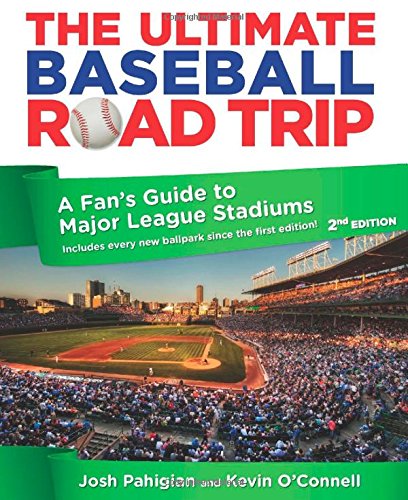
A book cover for Ultimate Baseball Road Trip: A Fan's Guide To Major League Stadiums; Josh Pahigian; Reference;